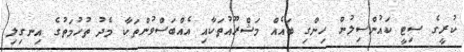
ކުރީގެ ސިޓީ ކައުންސިލުން ހިންގި ބައެއް މަޝްރޫއުތަކާއި އެއްބަސްވުންތަކާ މެދު ތުހުމަތުގެ އިނގިލި